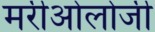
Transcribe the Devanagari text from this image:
मरीओलोजी